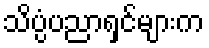
သိပ္ပံပညာရှင်များက